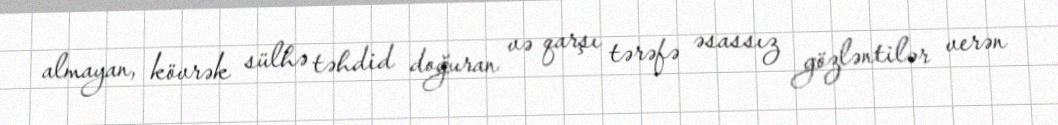
almayan, kövrək sülhə təhdid doğuran və qarşı tərəfə əsassız gözləntilər verən